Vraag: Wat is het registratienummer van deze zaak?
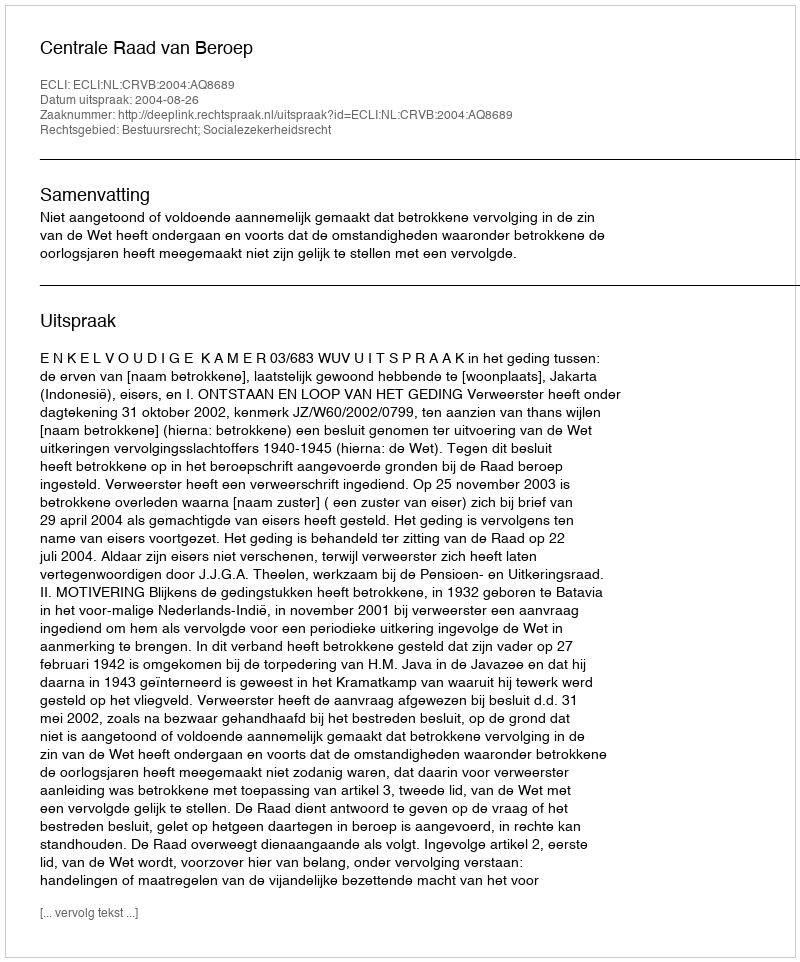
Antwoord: http://deeplink.rechtspraak.nl/uitspraak?id=ECLI:NL:CRVB:2004:AQ8689